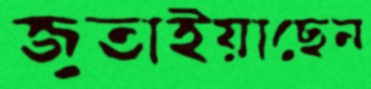
জুতাইয়াছেন